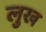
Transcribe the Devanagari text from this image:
लुख